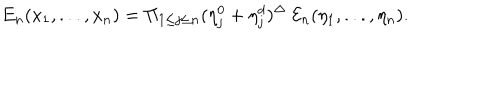
{ E } _ { n } ( x _ { 1 } , . . . , x _ { n } ) = \Pi _ { 1 \leq j \leq n } ( \eta _ { j } ^ { 0 } + \eta _ { j } ^ { d } ) ^ { \Delta } \ { \cal E } _ { n } ( \eta _ { 1 } , . . . , \eta _ { n } ) .